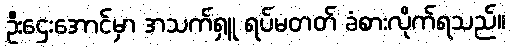
ဦးဌေးအောင်မှာ အသက်ရှူ ရပ်မတတ် ခံစားလိုက်ရသည်။